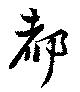
都